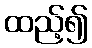
ထည့်၍